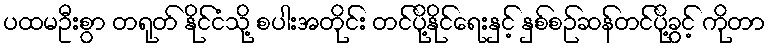
ပထမဦးစွာ တရုတ် နိုင်ငံသို့ စပါးအတိုင်း တင်ပို့နိုင်ရေးနှင့် နှစ်စဉ်ဆန်တင်ပို့ခွင့် ကိုတာ